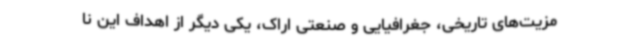
مزیت‌های تاریخی، جغرافیایی و صنعتی اراک، یکی دیگر از اهداف این نا